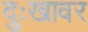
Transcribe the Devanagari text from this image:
दुःखावर